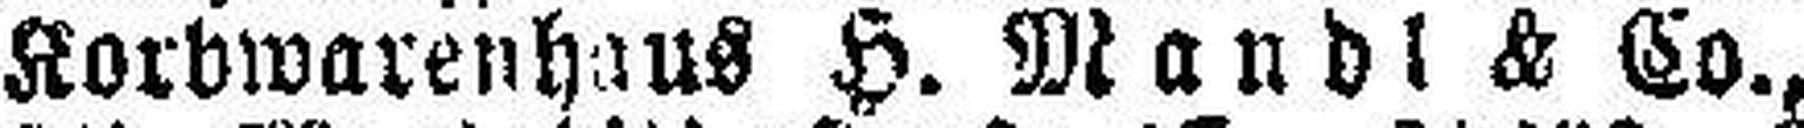
Korbwarenhaus H. Mandl & Co.,